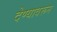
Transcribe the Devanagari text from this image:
देण्यावरून